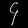
Digit: ၄